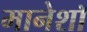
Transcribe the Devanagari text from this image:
मानेशॉ